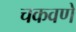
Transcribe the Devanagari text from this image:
चकवणे